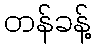
တန်ခန့်